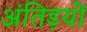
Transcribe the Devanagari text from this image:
अंतिड़यों